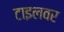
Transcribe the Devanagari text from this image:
टाइलवर